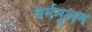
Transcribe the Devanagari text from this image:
धर्ममूलम